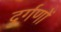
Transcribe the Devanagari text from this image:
दुर्गणों